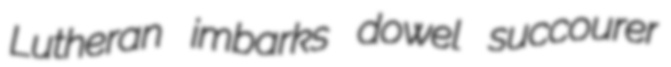
Lutheran imbarks dowel succourer